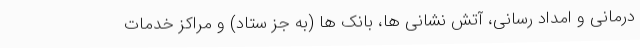
درمانی و امداد رسانی، آتش نشانی ها، بانک ها (به جز ستاد) و مراکز خدمات